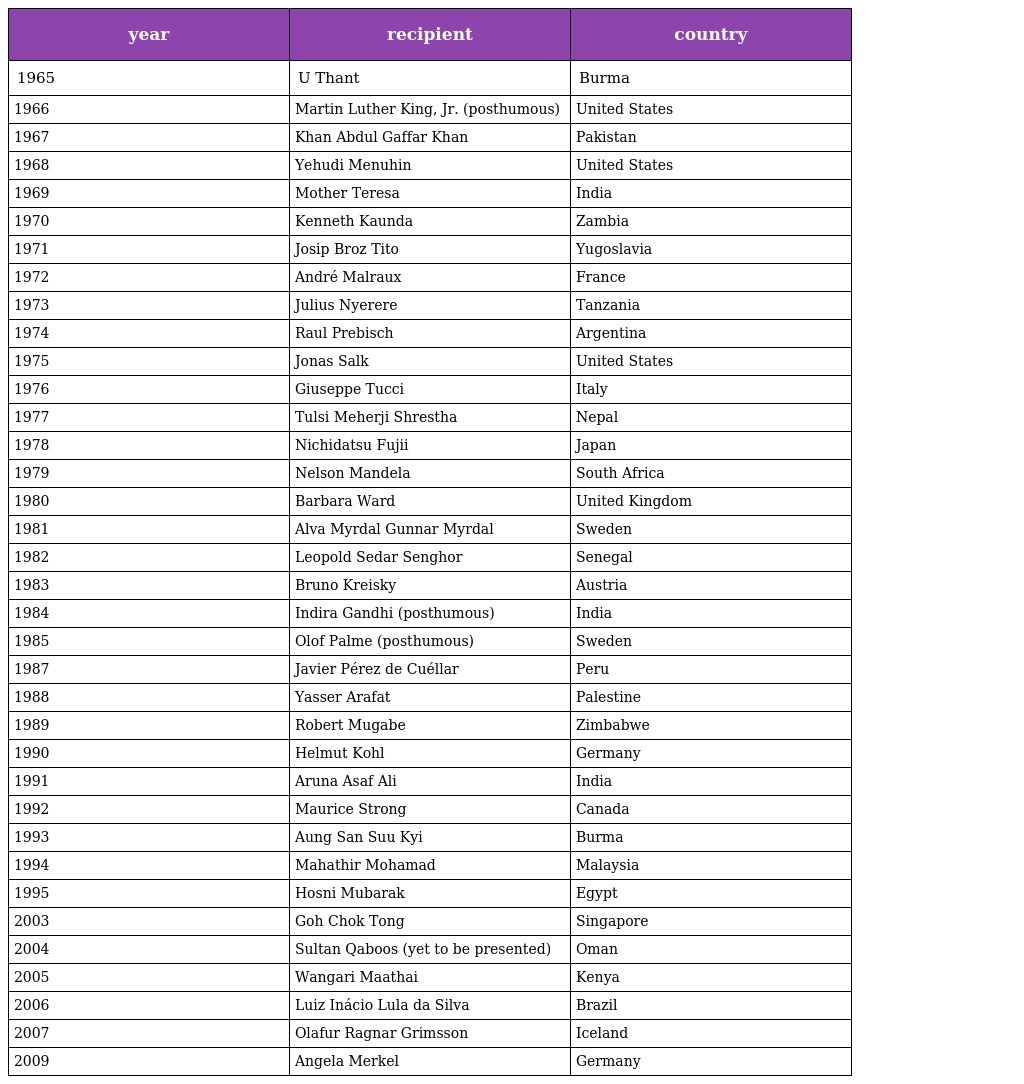
| year | recipient | country |
 | --- | --- | --- |
 | 1965 | U Thant | Burma |
 | 1966 | Martin Luther King, Jr. (posthumous) | United States |
 | 1967 | Khan Abdul Gaffar Khan | Pakistan |
 | 1968 | Yehudi Menuhin | United States |
 | 1969 | Mother Teresa | India |
 | 1970 | Kenneth Kaunda | Zambia |
 | 1971 | Josip Broz Tito | Yugoslavia |
 | 1972 | André Malraux | France |
 | 1973 | Julius Nyerere | Tanzania |
 | 1974 | Raul Prebisch | Argentina |
 | 1975 | Jonas Salk | United States |
 | 1976 | Giuseppe Tucci | Italy |
 | 1977 | Tulsi Meherji Shrestha | Nepal |
 | 1978 | Nichidatsu Fujii | Japan |
 | 1979 | Nelson Mandela | South Africa |
 | 1980 | Barbara Ward | United Kingdom |
 | 1981 | Alva Myrdal Gunnar Myrdal | Sweden |
 | 1982 | Leopold Sedar Senghor | Senegal |
 | 1983 | Bruno Kreisky | Austria |
 | 1984 | Indira Gandhi (posthumous) | India |
 | 1985 | Olof Palme (posthumous) | Sweden |
 | 1987 | Javier Pérez de Cuéllar | Peru |
 | 1988 | Yasser Arafat | Palestine |
 | 1989 | Robert Mugabe | Zimbabwe |
 | 1990 | Helmut Kohl | Germany |
 | 1991 | Aruna Asaf Ali | India |
 | 1992 | Maurice Strong | Canada |
 | 1993 | Aung San Suu Kyi | Burma |
 | 1994 | Mahathir Mohamad | Malaysia |
 | 1995 | Hosni Mubarak | Egypt |
 | 2003 | Goh Chok Tong | Singapore |
 | 2004 | Sultan Qaboos (yet to be presented) | Oman |
 | 2005 | Wangari Maathai | Kenya |
 | 2006 | Luiz Inácio Lula da Silva | Brazil |
 | 2007 | Olafur Ragnar Grimsson | Iceland |
 | 2009 | Angela Merkel | Germany |